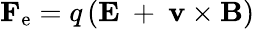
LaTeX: \mathbf{F_{\mathrm{e}}}=q\left(\mathbf{E}\ +\ \mathbf{v}\times\mathbf{B}\right)